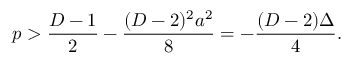
p > { \frac { D - 1 } { 2 } } - { \frac { ( D - 2 ) ^ { 2 } a ^ { 2 } } { 8 } } = - { \frac { ( D - 2 ) \Delta } { 4 } } .